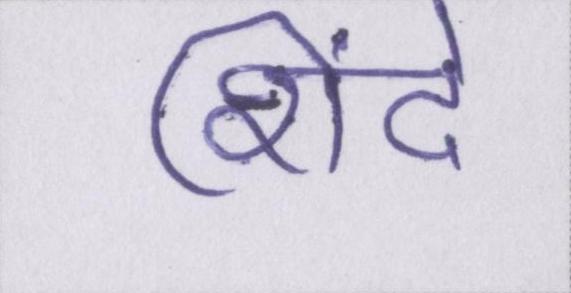
शिंदे